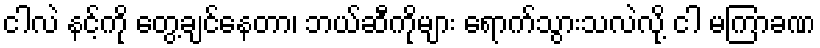
ငါလဲ နင့်ကို တွေ့ချင်နေတာ၊ ဘယ်ဆီကိုများ ရောက်သွားသလဲလို့ ငါ မကြာခဏ